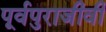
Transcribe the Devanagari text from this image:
पूर्वपुराजीवी